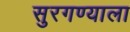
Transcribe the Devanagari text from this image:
सुरगण्याला